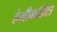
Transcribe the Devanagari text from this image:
हेमीकॉर्डेटा